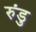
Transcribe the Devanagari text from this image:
रुंडु